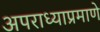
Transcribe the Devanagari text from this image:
अपराध्याप्रमाणे